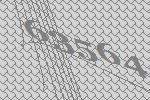
63564